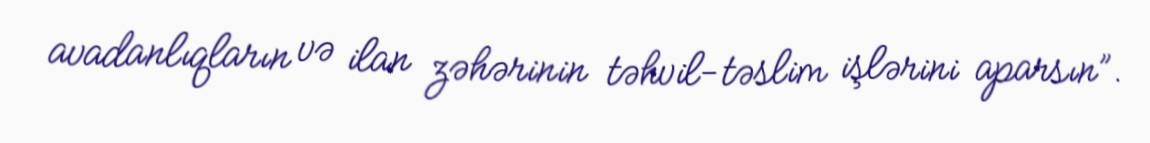
avadanlıqların və ilan zəhərinin təhvil-təslim işlərini aparsın”.